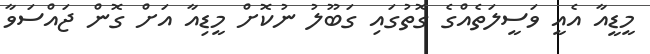
މީޑީއާ އެއީ ވަސީލަތެއްގެ ގޮތުގައި ގަބޫލު ނުކޮށް މީޑިއާ އަށް ގޮން ޖައްސަވާ